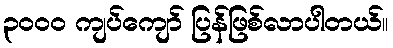
၃၀၀၀ ကျပ်ကျော် ပြန်ဖြစ်လာပါတယ်။